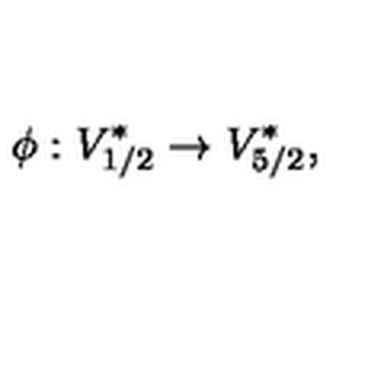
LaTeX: \phi : V _ { 1 / 2 } ^ { * } \rightarrow V _ { 5 / 2 } ^ { * } ,